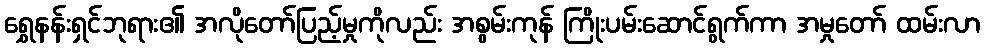
ရွှေနန်းရှင်ဘုရား၏ အလိုတော်ပြည့်မှုကိုလည်း အစွမ်းကုန် ကြိုးပမ်းဆောင်ရွက်ကာ အမှုတော် ထမ်းလာ